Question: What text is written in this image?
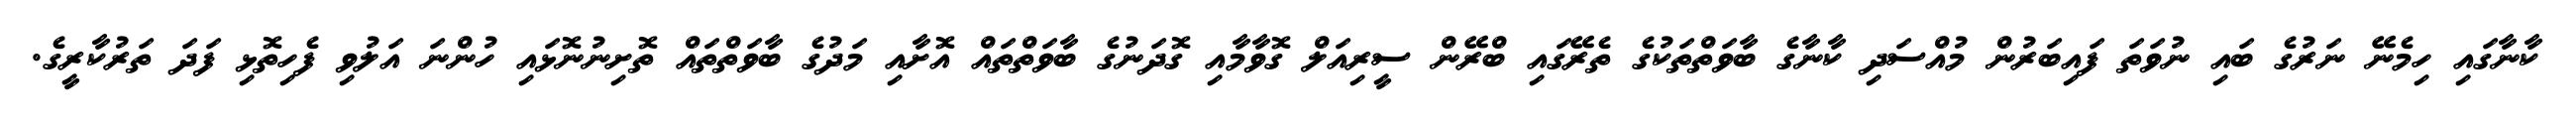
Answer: ކާނާގައި ހިމެނޭ ނަރުގެ ބައި ނުވަތަ ފައިބަރުން މުއްސަދި ކާނާގެ ބާވަތްތަކުގެ ތެރޭގައި ބްރޭން ސީރިއަލް ގޮވާމާއި ގޮދަނުގެ ބާވަތްތައް އޮށާއި މަދުގެ ބާވަތްތައް ތޮށިނުނޮޅައި ހުންނަ އަލުވި ފެހިތޮޅި ފަދަ ތަރުކާރީގެ.